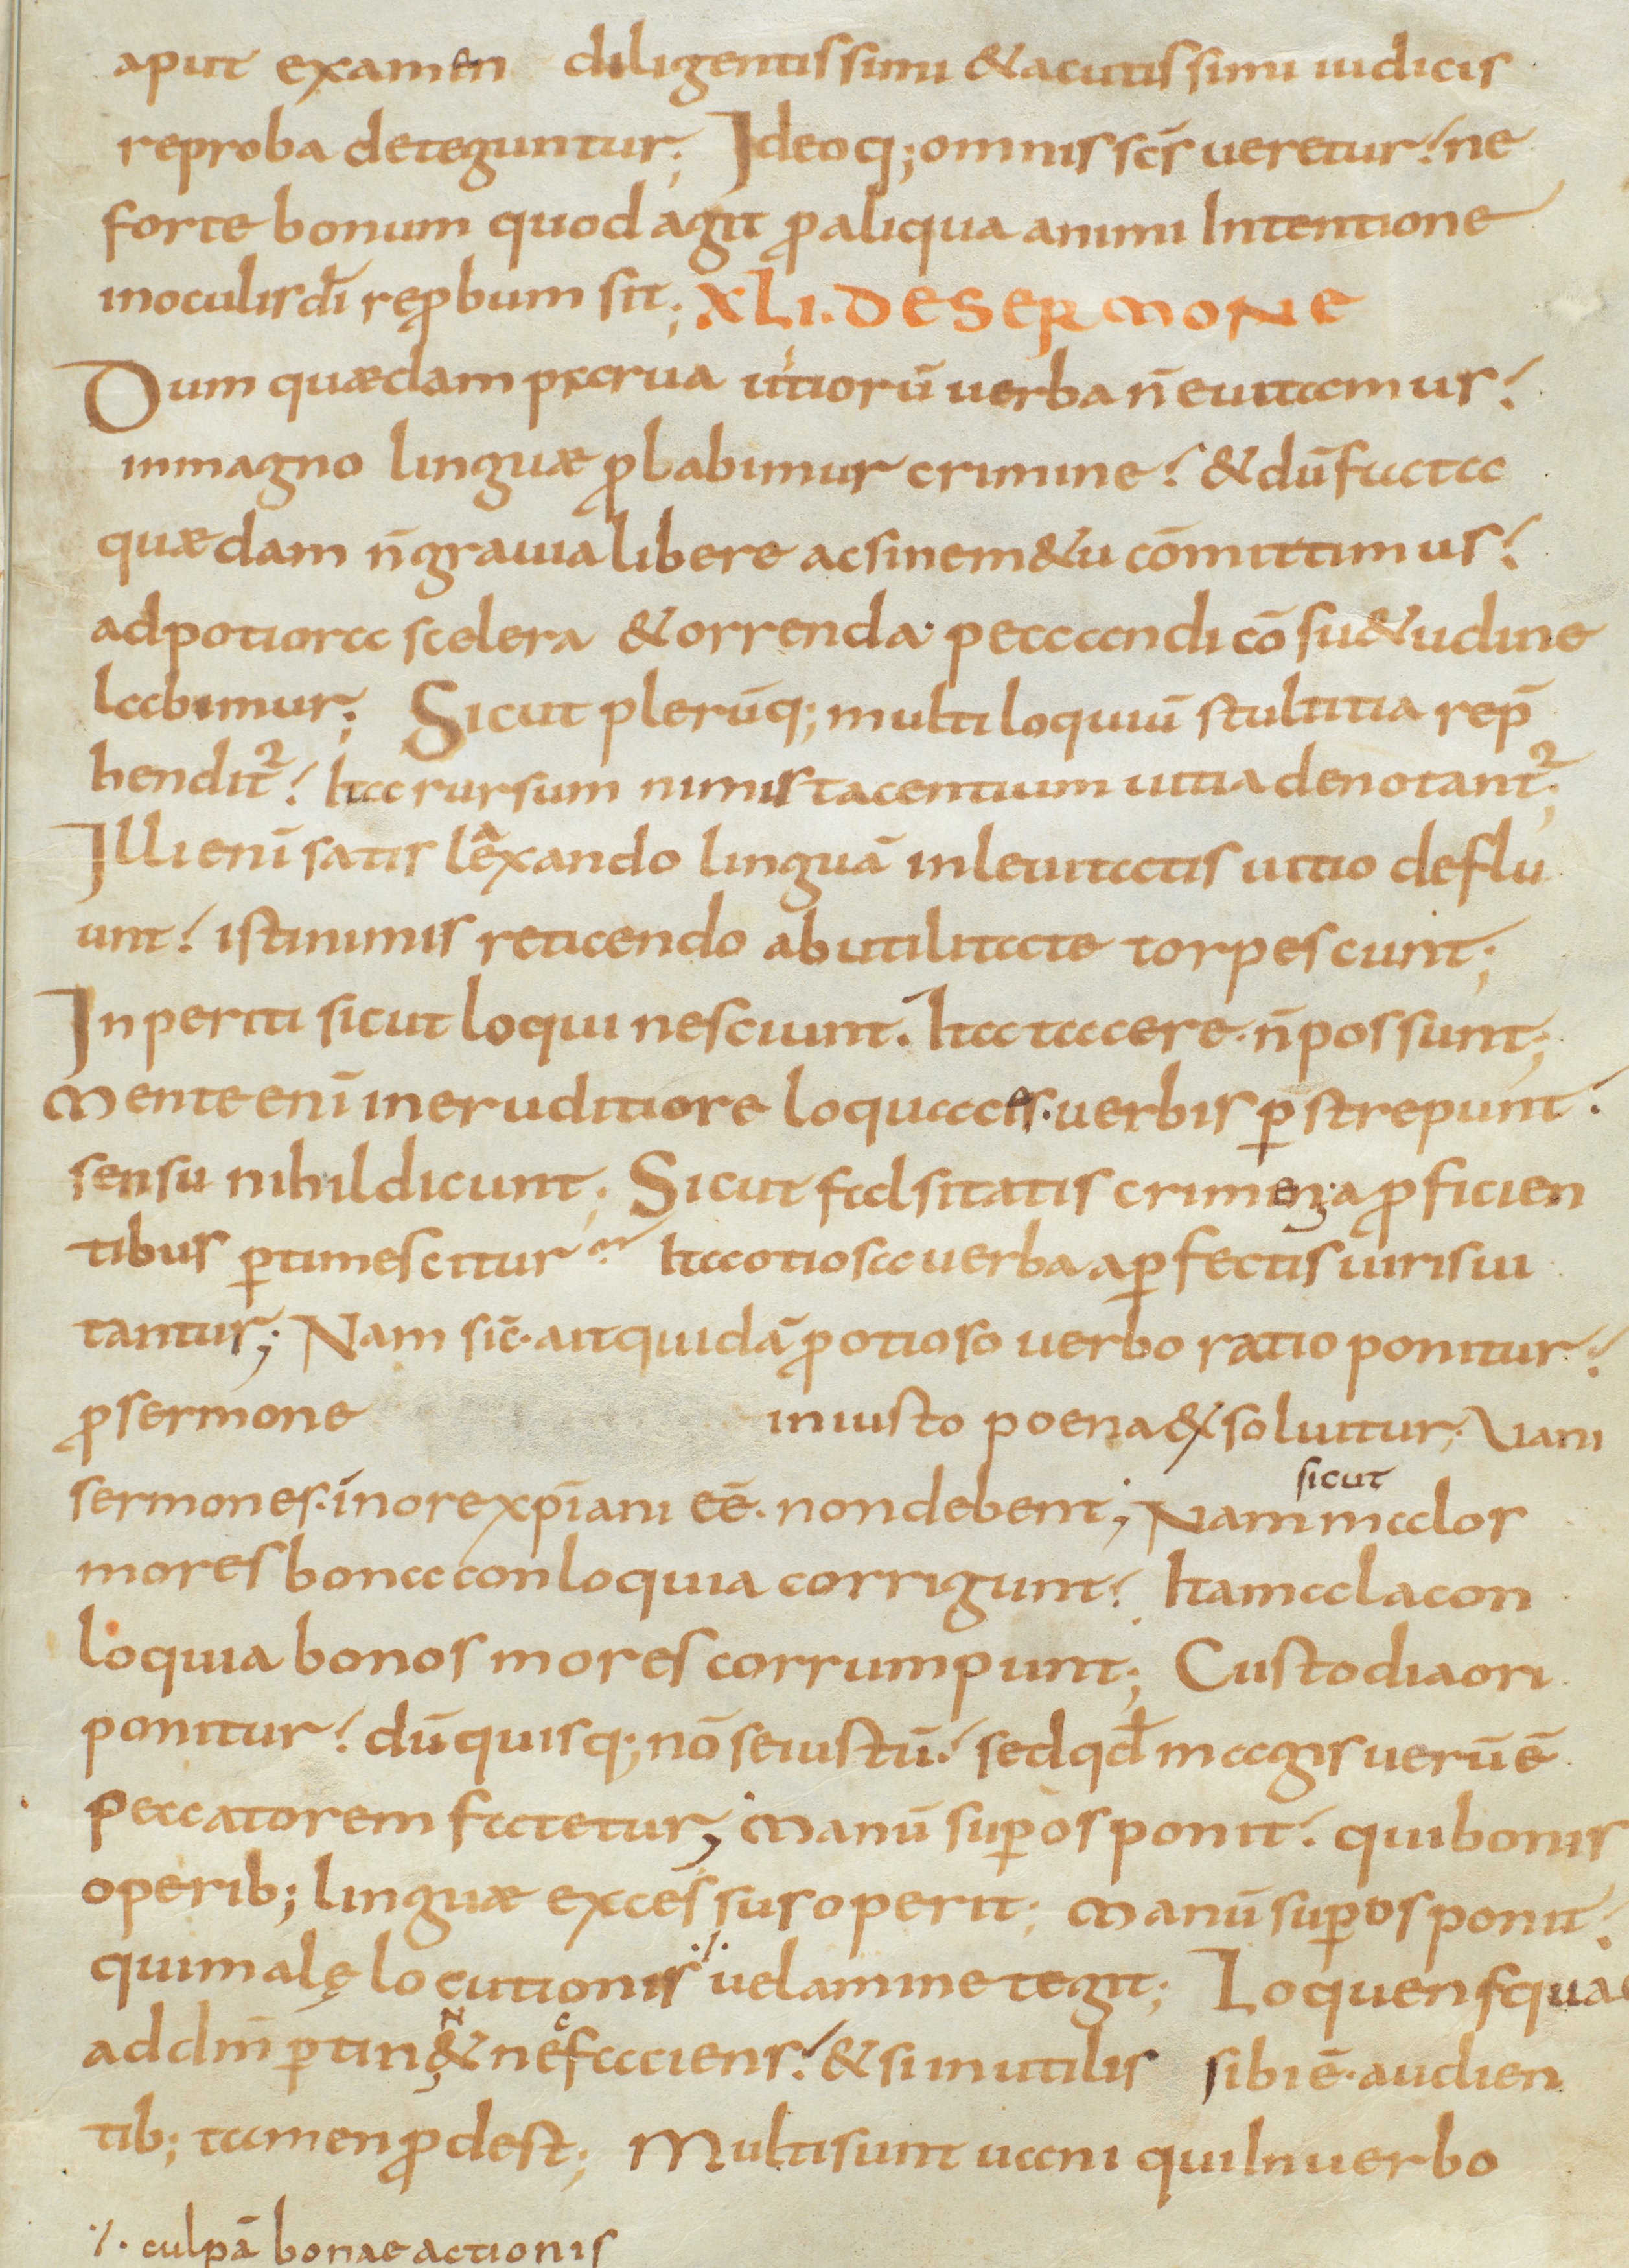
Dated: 800–833